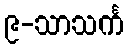
၉-သာသင်္က